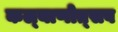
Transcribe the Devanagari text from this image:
कल्‍याणोत्‍सव